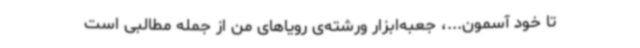
تا خود آسمون...، جعبه‌ابزار ورشته‌ی رویاهای من از جمله مطالبی است